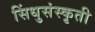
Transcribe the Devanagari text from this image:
सिंधुसंस्कृती